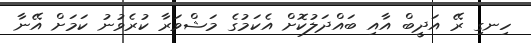
ހިނގި ރޭ އަދީބް އާއި ބައްދަލުކޮށް އެކަމުގެ މަޝްވަރާ ކުރެވުނު ކަމަށް އޭނާ